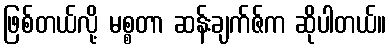
ဖြစ်တယ်လို့ မစ္စတာ ဆန်းချက်ဇ်က ဆိုပါတယ်။